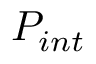
P _ { i n t }